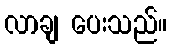
လာချ ပေးသည်။